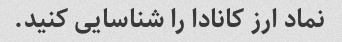
نماد ارز کانادا را شناسایی کنید.